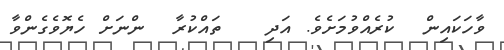
ވާހަކައިން  ކުރެއްވުމަށެވެ. އަދި   ތައްކުރާ  ންނަށް ހެޔޮވެގެންވާ